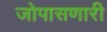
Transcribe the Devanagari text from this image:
जोपासणारी